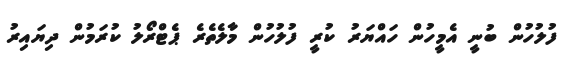
ފުލުހުން ބުނީ އެމީހުން ހައްޔަރު ކުރީ ފުލުހުން މާލެތެރެ ޕެޓްރޯލު ކުރަމުން ދިޔައިރު